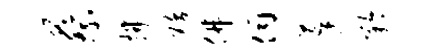
蔡拂聒佛伺蓬矜